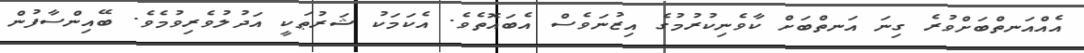
އެއްއަނތްބަށްވުރެ ގިނަ އަނތްބަށް ކާވެނިކުރުމުގެ އިޒުނަވެސް އެބައޮތެވެ. އެކަމަކު ޝަރުޠަކީ އަދުލުވެރިވުމެވެ. ބޭއިންސާފުން